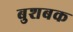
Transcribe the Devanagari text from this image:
बुशबक